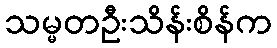
သမ္မတဦးသိန်းစိန်က